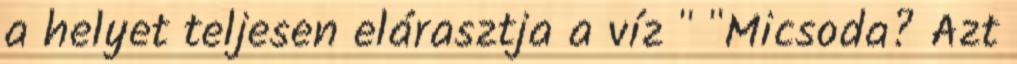
a helyet teljesen elárasztja a víz " "Micsoda? Azt